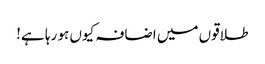
طلاقوں میں اضافہ کیوں ہو رہا ہے!